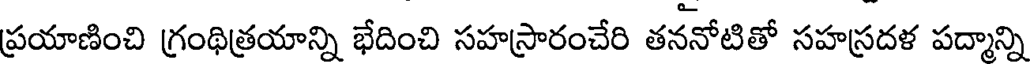
ప్రయాణించి గ్రంథిత్రయాన్ని భేదించి సహస్రారంచేరి తననోటితో సహస్రదళ పద్మాన్ని